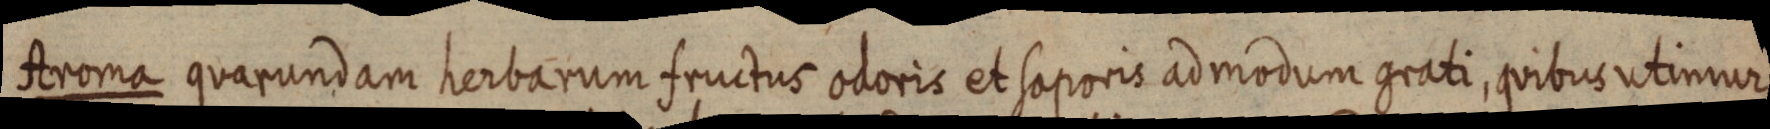
Aroma quarundam herbarum fructus odoris et saporis admodum grati, quibus utimur